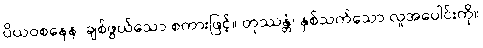
ပိယဝစနေန၊ ချစ်ဖွယ်သော စကားဖြင့်။ တုဿန္တံ၊ နှစ်သက်သော လူအပေါင်းကို။